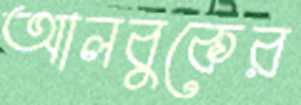
আলবুকের